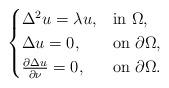
LaTeX: \begin{align*}\begin{cases}\Delta^2 u=\lambda u, & {\rm in}\ \Omega,\\\Delta u=0, & {\rm on}\ \partial\Omega,\\\frac{\partial\Delta u}{\partial\nu}=0, & {\rm on}\ \partial\Omega.\end{cases}\end{align*}